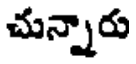
చున్నారు